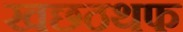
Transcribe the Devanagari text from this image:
खछठथफ